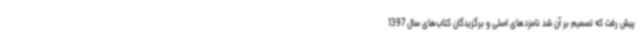
پیش رفت که تصمیم بر آن شد نامزدهای اصلی و برگزیدگان کتاب‌های سال 1397